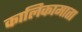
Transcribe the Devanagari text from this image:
कालिकामाता